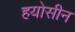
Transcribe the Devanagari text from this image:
हयोसीन